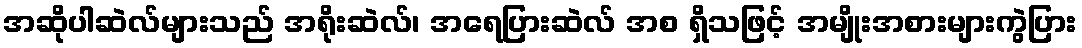
အဆိုပါဆဲလ်များသည် အရိုးဆဲလ်၊ အရေပြားဆဲလ် အစ ရှိသဖြင့် အမျိုးအစားများကွဲပြား